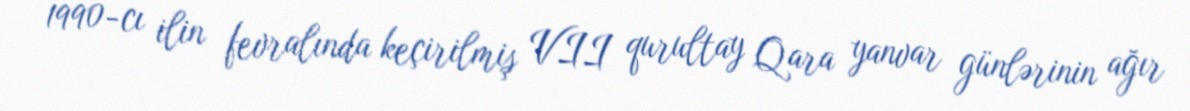
1990-cı ilin fevralında keçirilmiş VII qurultay Qara yanvar günlərinin ağır